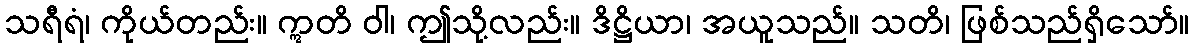
သရီရံ၊ ကိုယ်တည်း။ ဣတိ ဝါ၊ ဤသို့လည်း။ ဒိဋ္ဌိယာ၊ အယူသည်။ သတိ၊ ဖြစ်သည်ရှိသော်။